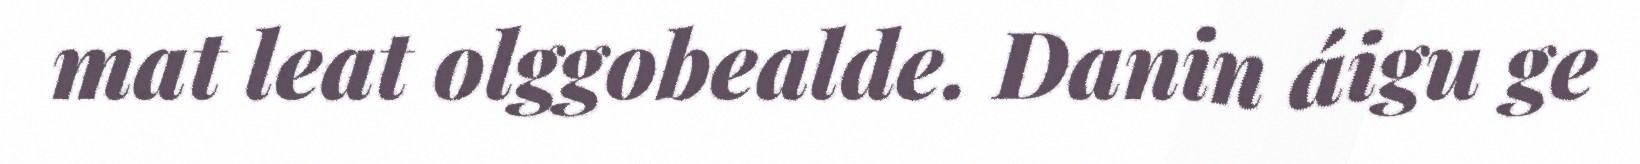
mat leat olggobealde. Danin áigu ge